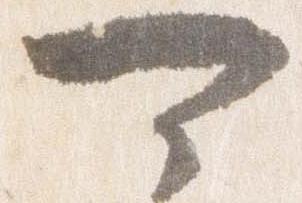
可